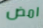
امض